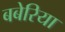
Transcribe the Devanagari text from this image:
बबेरिया